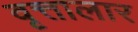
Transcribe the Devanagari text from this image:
वृत्तालार